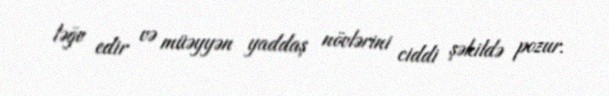
ləğv edir və müəyyən yaddaş növlərini ciddi şəkildə pozur.